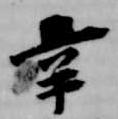
辛